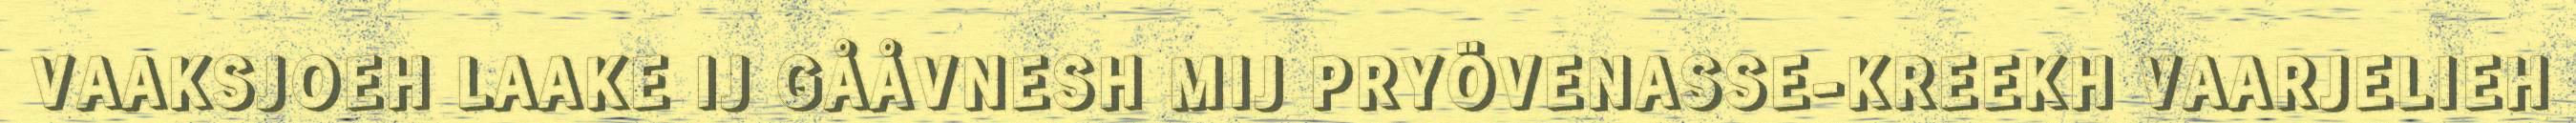
VAAKSJOEH LAAKE IJ GÅÅVNESH MIJ PRYÖVENASSE-KREEKH VAARJELIEH